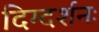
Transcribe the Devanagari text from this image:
दिग्दर्शनः